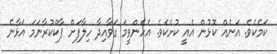
ކަމެކެވެ. އަނެއް ކޮޅުން އެއީ ކުށެކެވެ. އެހެންވީމަ ގަވާއިދާ ހިލާފަށް ޕާކްކުރާނަމަ އަޅާނެ